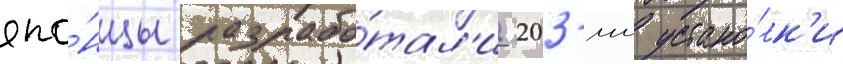
япо́нцы разрабо́тал'и 203-мм устано́вк'и